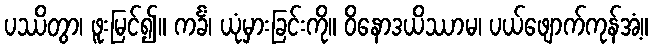
ပဿိတွာ၊ ဖူးမြင်၍။ ကင်္ခံ၊ ယုံမှားခြင်းကို။ ဝိနောဒယိဿာမ၊ ပယ်ဖျောက်ကုန်အံ့။